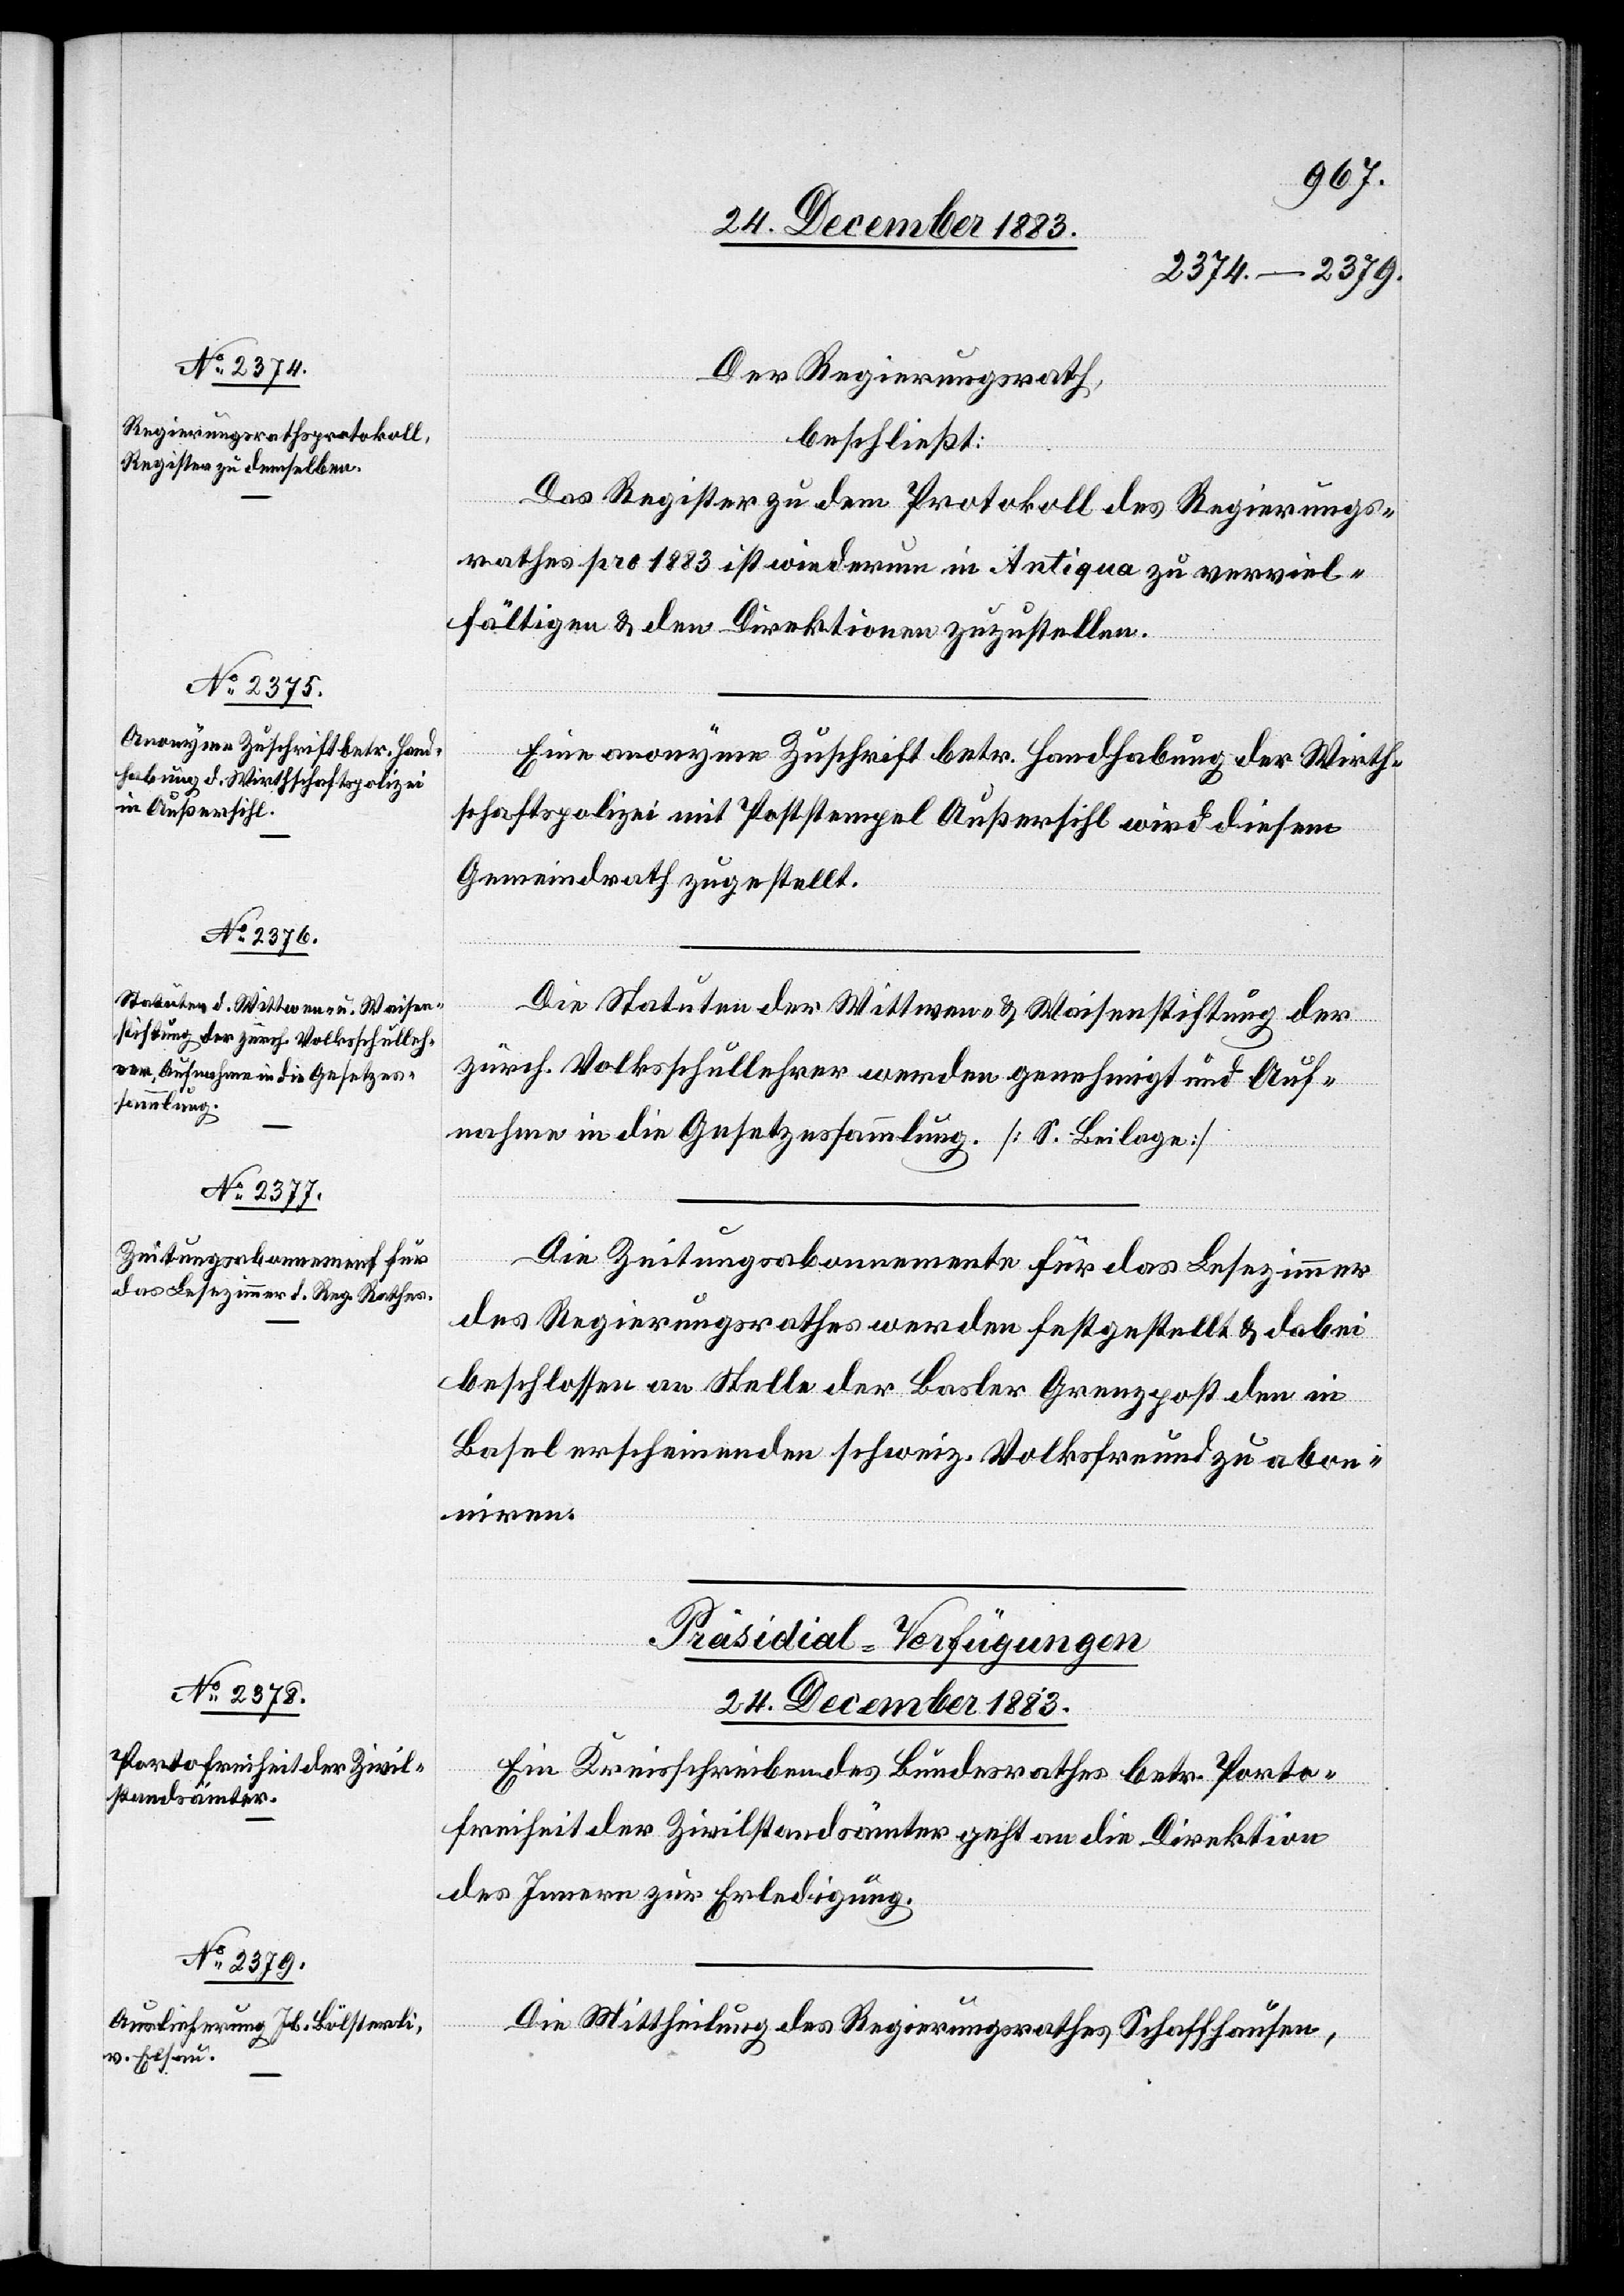
Der Regierungsrath,
beschließt:
Das Register zu dem Protokoll des Regierungs¬
rathes pro 1883 ist wiederum in Antiqua zu verviel¬
fältigen & den Direktionen zuzustellen.
Eine anonyme Zuschrift betr. Handhabung der Wirth¬
schaftspolizei mit Poststempel Außersihl wird diesem
Gemeindrath zugestellt.
Die Statuten der Wittwen- & Waisenstiftung der
zürch. Volksschullehrer werden genehmigt und Auf¬
nahme in die Gesetzessammlung. [S. Beilage]
Die Zeitungsabonnemente für das Lesezimmer
des Regierungsrathes werden festgestellt & dabei
beschlossen an Stelle der Basler Grenzpost den in
Basel erscheinenden schweiz. Volksfreund zu abon¬
niren.
[Präsidial-Verfügungen
24. December 1883.]
Ein Kreisschreiben des Bundesrathes betr. Porto¬
freiheit der Zivilstandsämter geht an die Direktion
des Innern zur Erledigung.
Die Mittheilung des Regierungsrathes Schaffhausen,